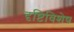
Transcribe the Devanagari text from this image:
दृष्टिविशेष